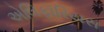
એલિફૉરિયસ